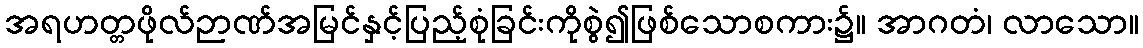
အရဟတ္တဖိုလ်ဉာဏ်အမြင်နှင့်ပြည့်စုံခြင်းကိုစွဲ၍ဖြစ်သောစကား၌။ အာဂတံ၊ လာသော။